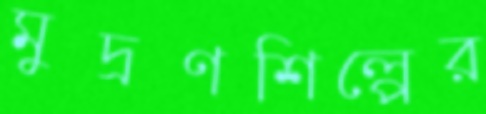
মুদ্রণশিল্পের